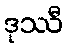
ဒုဿီ